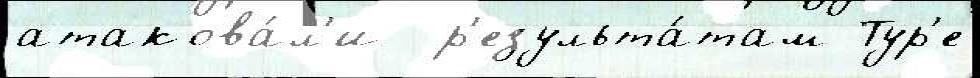
атакова́л'и  р'езульта́там Тур'е